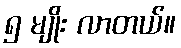
၅ မျိုး လာတယ်။